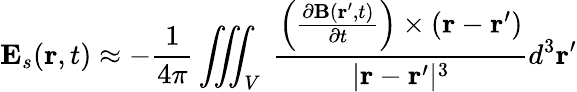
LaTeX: \mathbf{E}_{s}(\mathbf{r},t)\approx-{\frac{1}{4\pi}}\iiint_{V}\ {\frac{\left({\frac{\partial\mathbf{B}(\mathbf{r}^{\prime},t)}{\partial t}}\right)\times\left(\mathbf{r}-\mathbf{r}^{\prime}\right)}{|\mathbf{r}-\mathbf{r}^{\prime}|^{3}}}d^{3}\mathbf{r^{\prime}}